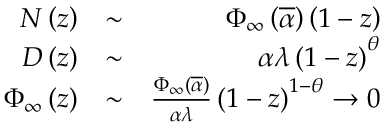
\begin{array} { r l r } { { \cal N } \left( z \right) } & { \sim } & { \Phi _ { \infty } \left( \overline { { \alpha } } \right) \left( 1 - z \right) } \\ { { \cal D } \left( z \right) } & { \sim } & { \alpha \lambda \left( 1 - z \right) ^ { \theta } } \\ { \Phi _ { \infty } \left( z \right) } & { \sim } & { \frac { \Phi _ { \infty } \left( \overline { { \alpha } } \right) } { \alpha \lambda } \left( 1 - z \right) ^ { 1 - \theta } \rightarrow 0 } \end{array}